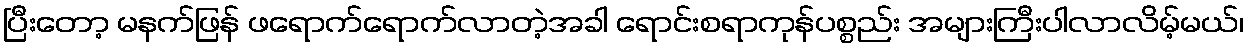
ပြီးတော့ မနက်ဖြန် ဖရောက်ရောက်လာတဲ့အခါ ရောင်းစရာကုန်ပစ္စည်း အများကြီးပါလာလိမ့်မယ်၊